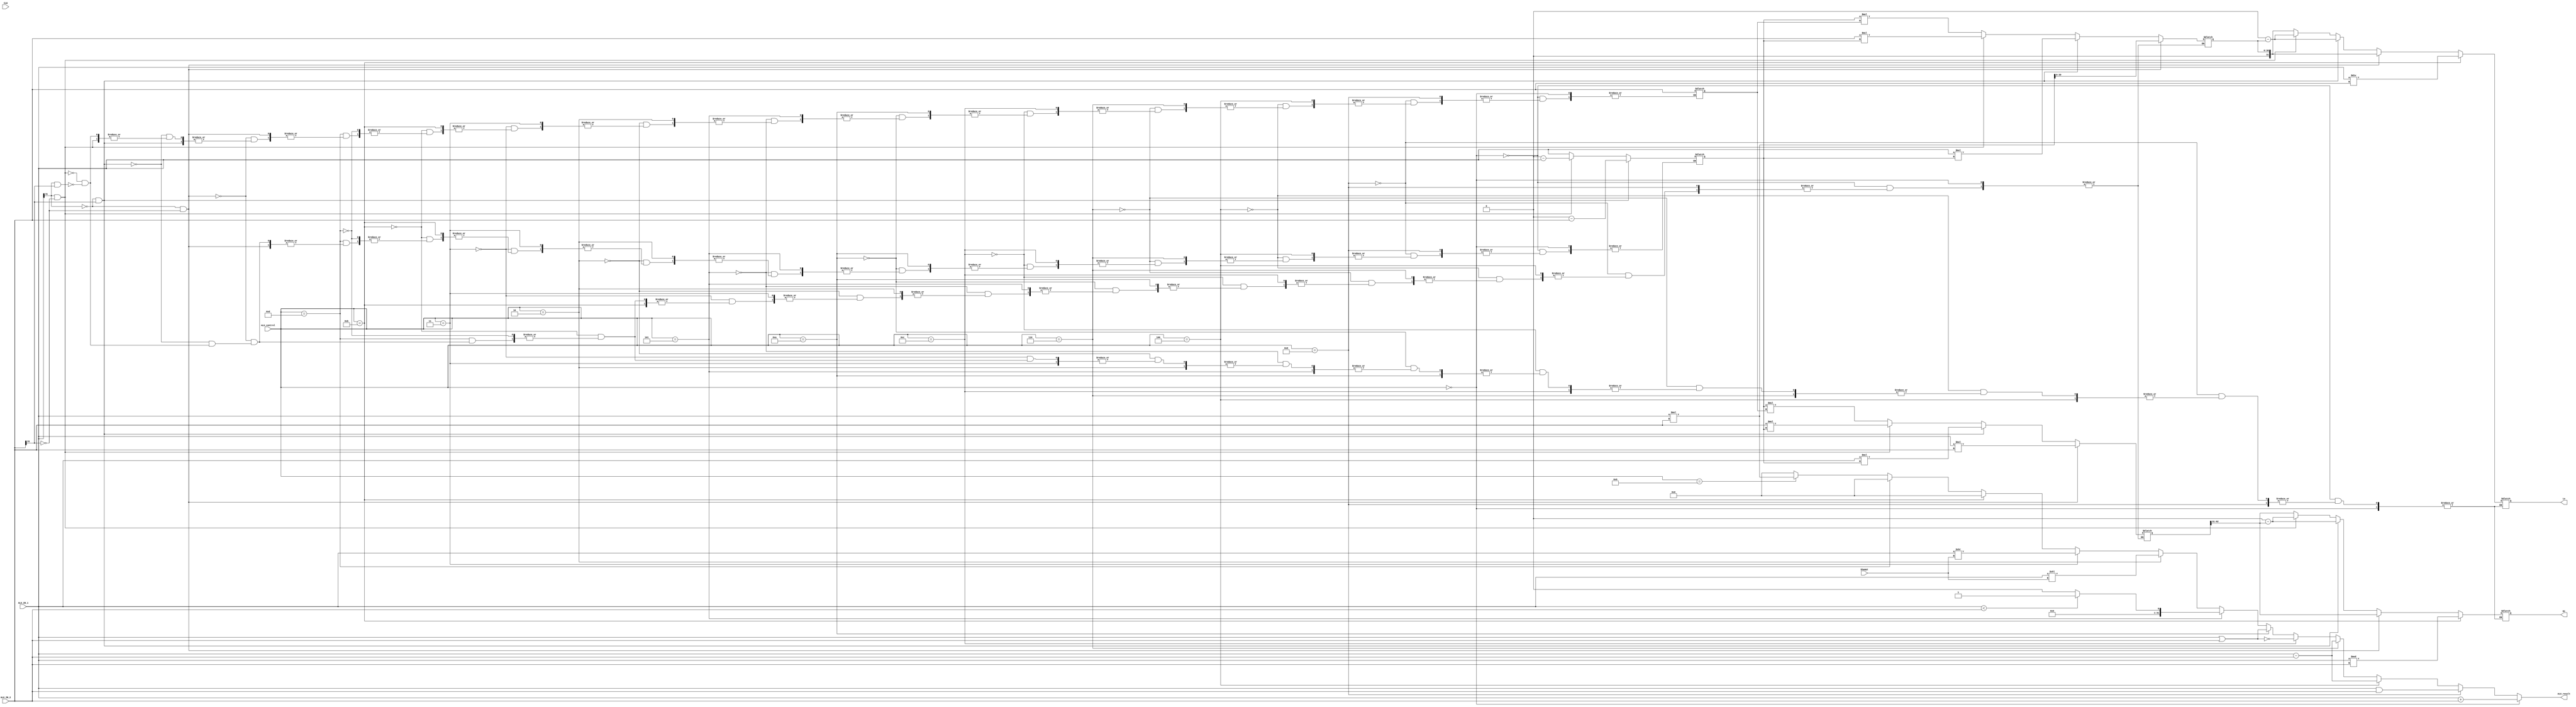
module ALU( 
	CLK,
	ALU_IN_1, 
	ALU_IN_2,
	ALU_control,
	Shampt,
	//ALU_zero,
	ALU_result,
	Hi,
	Lo
);
	input CLK;
	input signed [31:0] ALU_IN_1; // 32bit input
	input signed [31:0] ALU_IN_2; // 32bit input
	input [3:0] ALU_control; //4bit input
	input [4:0] Shampt; //5bit input, shift size
	
	//output ALU_zero; 
	output signed [31:0] ALU_result;

	output reg signed [31:0] Hi, Lo;

	reg signed [31:0] ALU_Result;
	reg [30:0] Lo_w;
	reg [63:0] Hi_w;
	reg [31:0] n_to_p, n_to_p1;
	//assign ALU_zero = (ALU_Result == 0) ? ((ALU_control[0] == 1) ? 0 : 1 ) : ((ALU_control[0] == 1) ? 1 : 0 ); 
	//assign ALU_result = (ALU_control==4'b0111) ? Lo : ((ALU_control==4'b1110)? Hi : ALU_Result);
	assign ALU_result = ALU_Result;

	always @(*) 
	begin		
		ALU_Result <= 32'd0;
		if (ALU_control==4'b0000) ALU_Result <= ALU_IN_1 + ALU_IN_2; // ADD
		else if (ALU_control==4'b1000) ALU_Result <= ALU_IN_1 & ALU_IN_2; // AND
		else if (ALU_control==4'b0100) ALU_Result <= ALU_IN_1 - ALU_IN_2; // SUB (0:sub, beq; 1:bne)
		else if (ALU_control==4'b0110) ALU_Result <= ALU_IN_1 - ALU_IN_2; // SUB (0:sub, beq; 1:bne)
		else if (ALU_control==4'b1100) ALU_Result <= ~(ALU_IN_1 | ALU_IN_2); // NOR
		else if (ALU_control==4'b1010) ALU_Result <= ALU_IN_1 | ALU_IN_2; // OR (ORI)
		else if (ALU_control==4'b0101) ALU_Result <= ALU_IN_1 < ALU_IN_2 ? 1 : 0; // SLT (SLTI)
		else if (ALU_control==4'b0010) ALU_Result <= ALU_IN_1 << Shampt; // SHIFT_LEFT (sll)
		else if (ALU_control==4'b0011) ALU_Result <= ALU_IN_1 >> Shampt; // SHIFT_RIGHT (srl)
		else if (ALU_control==4'b1011) 
				begin
					Lo <= ALU_IN_1 / ALU_IN_2; // division quotient
					Hi <= ALU_IN_1 % ALU_IN_2;
					//$display("Hi: %d, Lo: %d", Hi, Lo);
				end
		else if (ALU_control==4'b1101)// MULT
			begin 
				if (ALU_IN_1[31] == 0 && ALU_IN_2[31] == 0)
				begin
					Lo_w <= ALU_IN_1 * ALU_IN_2;
					Lo <= {1'b0, Lo_w}; // MULT
					Hi_w <= ALU_IN_1 * ALU_IN_2;
					Hi <= Hi_w >> 31;
				end
				else if (ALU_IN_1[31] == 0 && ALU_IN_2[31] == 1)
				begin
					n_to_p <= 33'h100000000 - ALU_IN_2;
					Lo_w <= ALU_IN_1 * n_to_p;
					Lo <= 33'h100000000 - Lo_w; // MULT
					Hi_w <= ALU_IN_1 * n_to_p;
					Hi <= 33'h100000000 - (Hi_w >> 31);
				end
				else if (ALU_IN_1[31] == 1 && ALU_IN_2[31] == 0)
				begin
					n_to_p <= 33'h100000000 - ALU_IN_1;
					Lo_w <= ALU_IN_2 * n_to_p;
					Lo <= 33'h100000000 - Lo_w; // MULT
					Hi_w <= ALU_IN_2 * n_to_p;
					Hi <= 33'h100000000 - (Hi_w >> 31);
				end
				else if (ALU_IN_1[31] == 1 && ALU_IN_2[31] == 1)
				begin
					n_to_p <= ALU_IN_1;
					n_to_p1 <= ALU_IN_2;
					Lo_w <= n_to_p * n_to_p1;
					Lo <= {1'b0, Lo_w}; // MULT
					Hi_w <= n_to_p * n_to_p1;
					Hi <= Hi_w >> 31;
				end
			end
		else if (ALU_control==4'b1001) ALU_Result <= ALU_IN_1 * ALU_IN_2; //MUL	
		//else if (ALU_control==4'b0111) ALU_result <= Lo; //mflo
		//else if (ALU_control==4'b1110) ALU_result <= Hi; //mfhi
		else if (ALU_control==4'b1111) ALU_Result <= 31'b0; // Do nothing
	end

endmodule